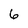
Character: 6